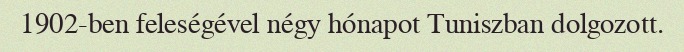
1902-ben feleségével négy hónapot Tuniszban dolgozott.